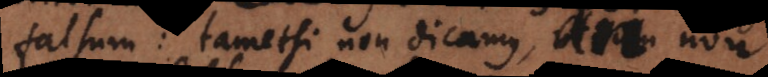
falsum: tametsi non dicamus, an non